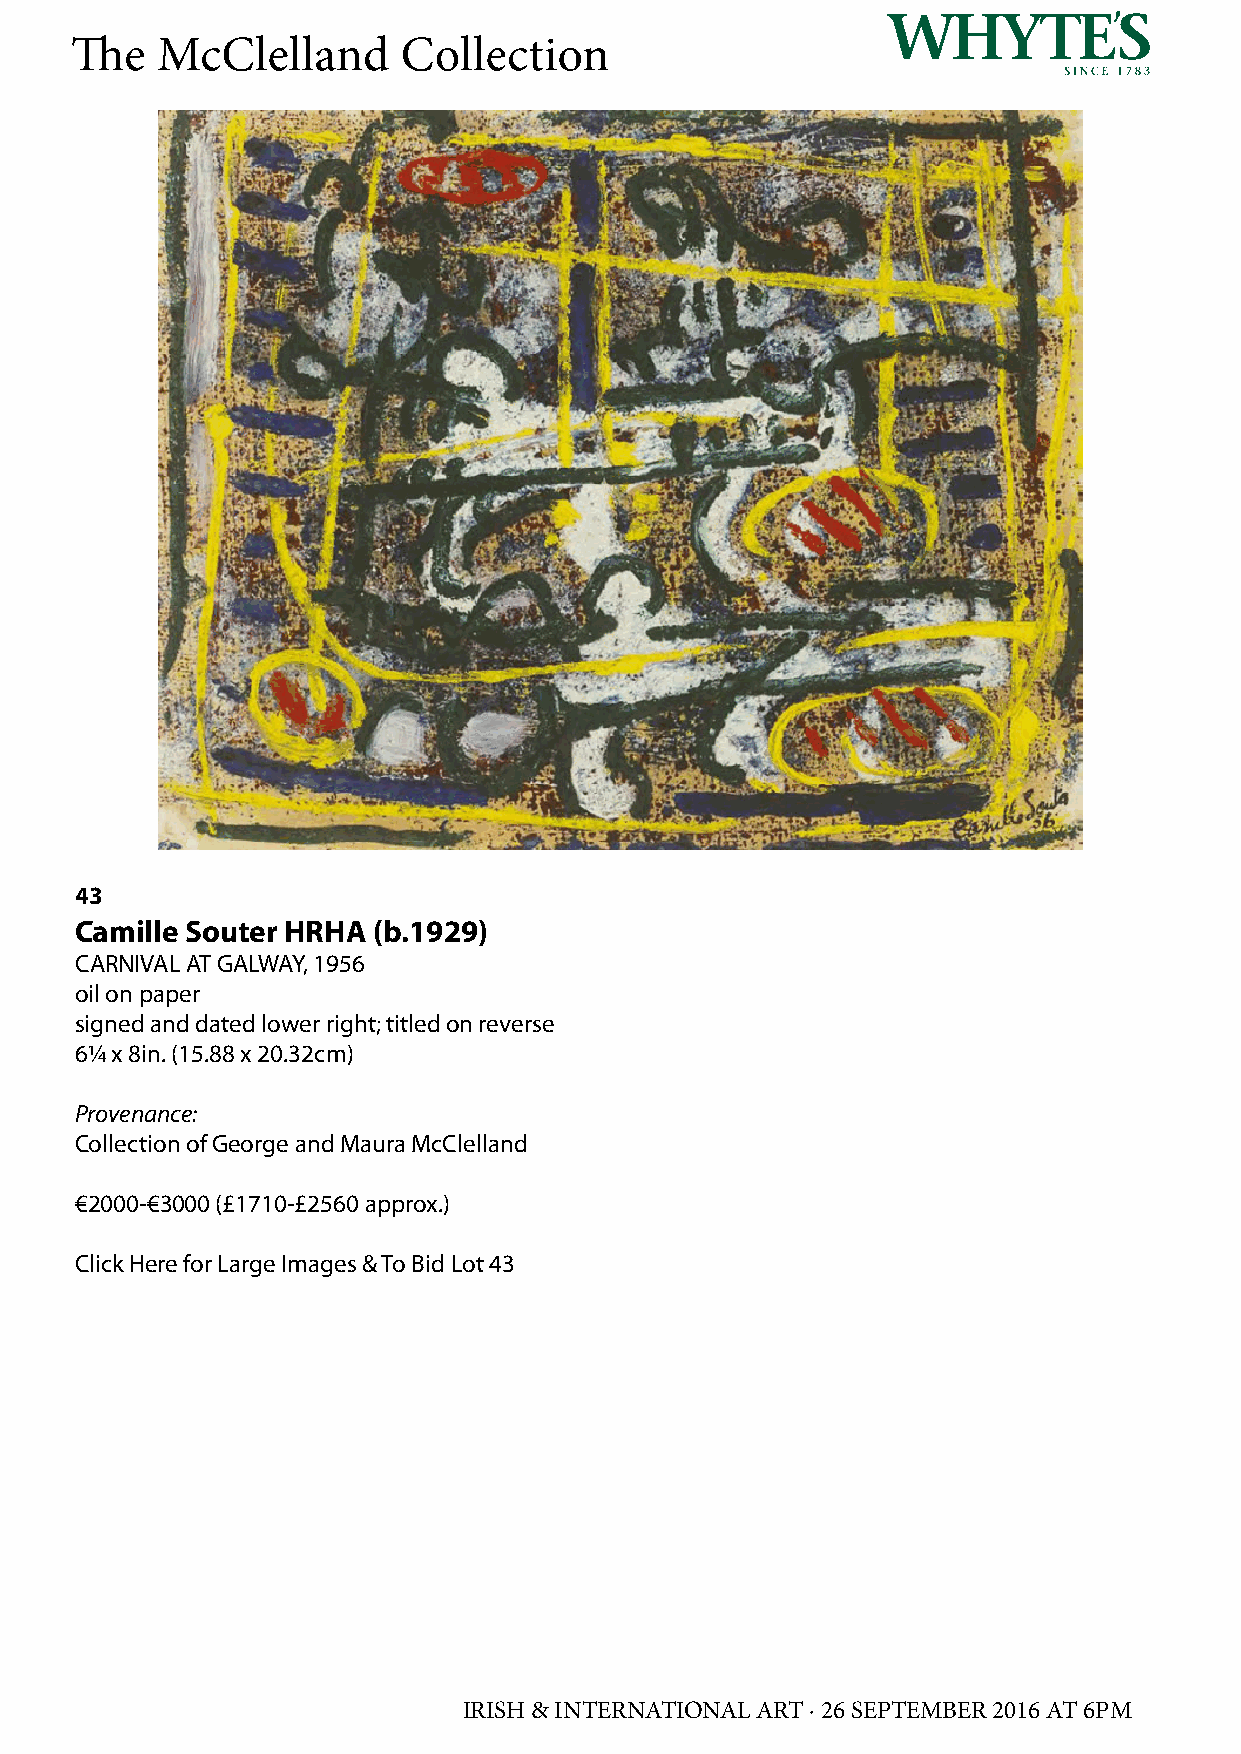
The  McClelland       Collection
 43
 Camille Souter HRHA (b.1929)
 CARNIVAL AT GALWAY, 1956
 oil on paper
 signed and dated lower right; titled on reverse
 6¼ x 8in. (15.88 x 20.32cm)
 Provenance:
 Collection of George and Maura McClelland
 €2000-€3000 (£1710-£2560 approx.)
 Click Here for Large Images & To Bid Lot 43
 IRISH & INTERNATIONAL ART · 26 SEPTEMBER 2016 AT 6PM